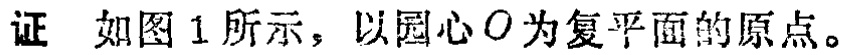
证 如图1所示，以圆心\(O\)为复平面的原点。